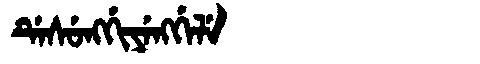
Manchu: ᡩᡝᠰᡠᠩᡤᡳᠶᡝᠩᡤᡝᠯᡝ
Romanization: DESUNGGIYENGGELE